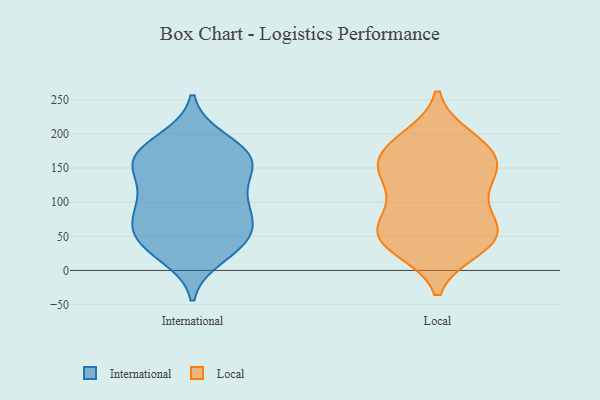
{"axis": {"x": "Latency (ms)", "y": "Value"}, "legend": ["International", "Local"], "data": [{"x": "", "y": 192, "type": "International"}, {"x": "", "y": 41, "type": "International"}, {"x": "", "y": 184, "type": "International"}, {"x": "", "y": 49, "type": "International"}, {"x": "", "y": 166, "type": "International"}, {"x": "", "y": 34, "type": "International"}, {"x": "", "y": 21, "type": "International"}, {"x": "", "y": 150, "type": "International"}, {"x": "", "y": 114, "type": "International"}, {"x": "", "y": 157, "type": "International"}, {"x": "", "y": 90, "type": "International"}, {"x": "", "y": 158, "type": "International"}, {"x": "", "y": 42, "type": "International"}, {"x": "", "y": 156, "type": "International"}, {"x": "", "y": 80, "type": "International"}, {"x": "", "y": 77, "type": "International"}, {"x": "", "y": 169, "type": "International"}, {"x": "", "y": 92, "type": "International"}, {"x": "", "y": 59, "type": "International"}, {"x": "", "y": 117, "type": "International"}, {"x": "", "y": 139, "type": "Local"}, {"x": "", "y": 60, "type": "Local"}, {"x": "", "y": 159, "type": "Local"}, {"x": "", "y": 37, "type": "Local"}, {"x": "", "y": 42, "type": "Local"}, {"x": "", "y": 167, "type": "Local"}, {"x": "", "y": 195, "type": "Local"}, {"x": "", "y": 71, "type": "Local"}, {"x": "", "y": 38, "type": "Local"}, {"x": "", "y": 150, "type": "Local"}, {"x": "", "y": 53, "type": "Local"}, {"x": "", "y": 85, "type": "Local"}, {"x": "", "y": 161, "type": "Local"}, {"x": "", "y": 103, "type": "Local"}, {"x": "", "y": 121, "type": "Local"}, {"x": "", "y": 191, "type": "Local"}, {"x": "", "y": 59, "type": "Local"}, {"x": "", "y": 142, "type": "Local"}, {"x": "", "y": 185, "type": "Local"}, {"x": "", "y": 31, "type": "Local"}]}